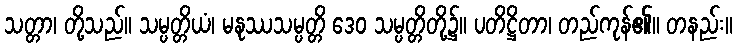
သတ္တာ၊ တို့သည်။ သမ္ပတ္တိယံ၊ မနုဿသမ္ပတ္တိ ဒေဝ သမ္ပတ္တိတို့၌။ ပတိဋ္ဌိတာ၊ တည်ကုန်၏။ တနည်း။